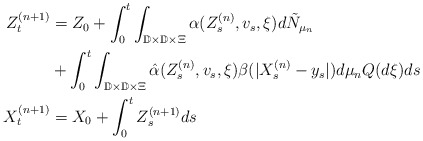
\begin{align*}Z^{(n+1)}_t&= Z_0 + \int_0^t \int_{\mathbb{D}\times \mathbb{D}\times \Xi} \alpha(Z_s^{(n)}, v_s, \xi) d{\tilde {N}}_{\mu_{n}}\\& + \int_0^t \int_{\mathbb{D}\times \mathbb{D} \times \Xi} \hat{\alpha}(Z_s^{(n)}, v_s, \xi)\beta(|X_s^{(n)} - y_s|) d\mu_{n} Q(d\xi) ds \\X^{(n+1)}_t &= X_0 + \int_0^t Z_s^{(n+1)}ds\end{align*}